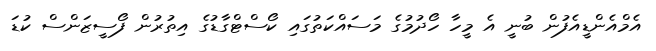
އެމްއެންޑީއެފުން ބުނީ އެ މީހާ ހޯދުމުގެ މަސައްކަތުގައި ކޯސްޓްގާޑުގެ އިތުރުން ފޯސީޒަންސް ކުޑަ